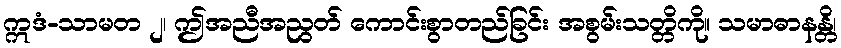
ဣဒံ-သာမတ ၂၊ ဤအညီအညွတ် ကောင်းစွာတည်ခြင်း အစွမ်းသတ္တိကို။ သမာဓာနန္တိ၊